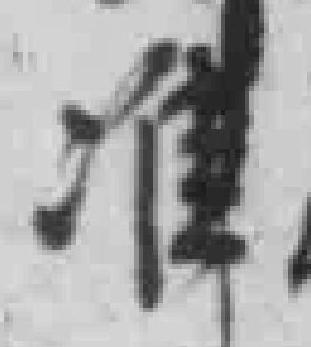
准